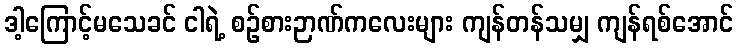
ဒါ့ကြောင့်မသေခင် ငါရဲ့ စဉ်စားဉာဏ်ကလေးများ ကျန်တန်သမျှ ကျန်ရစ်အောင်